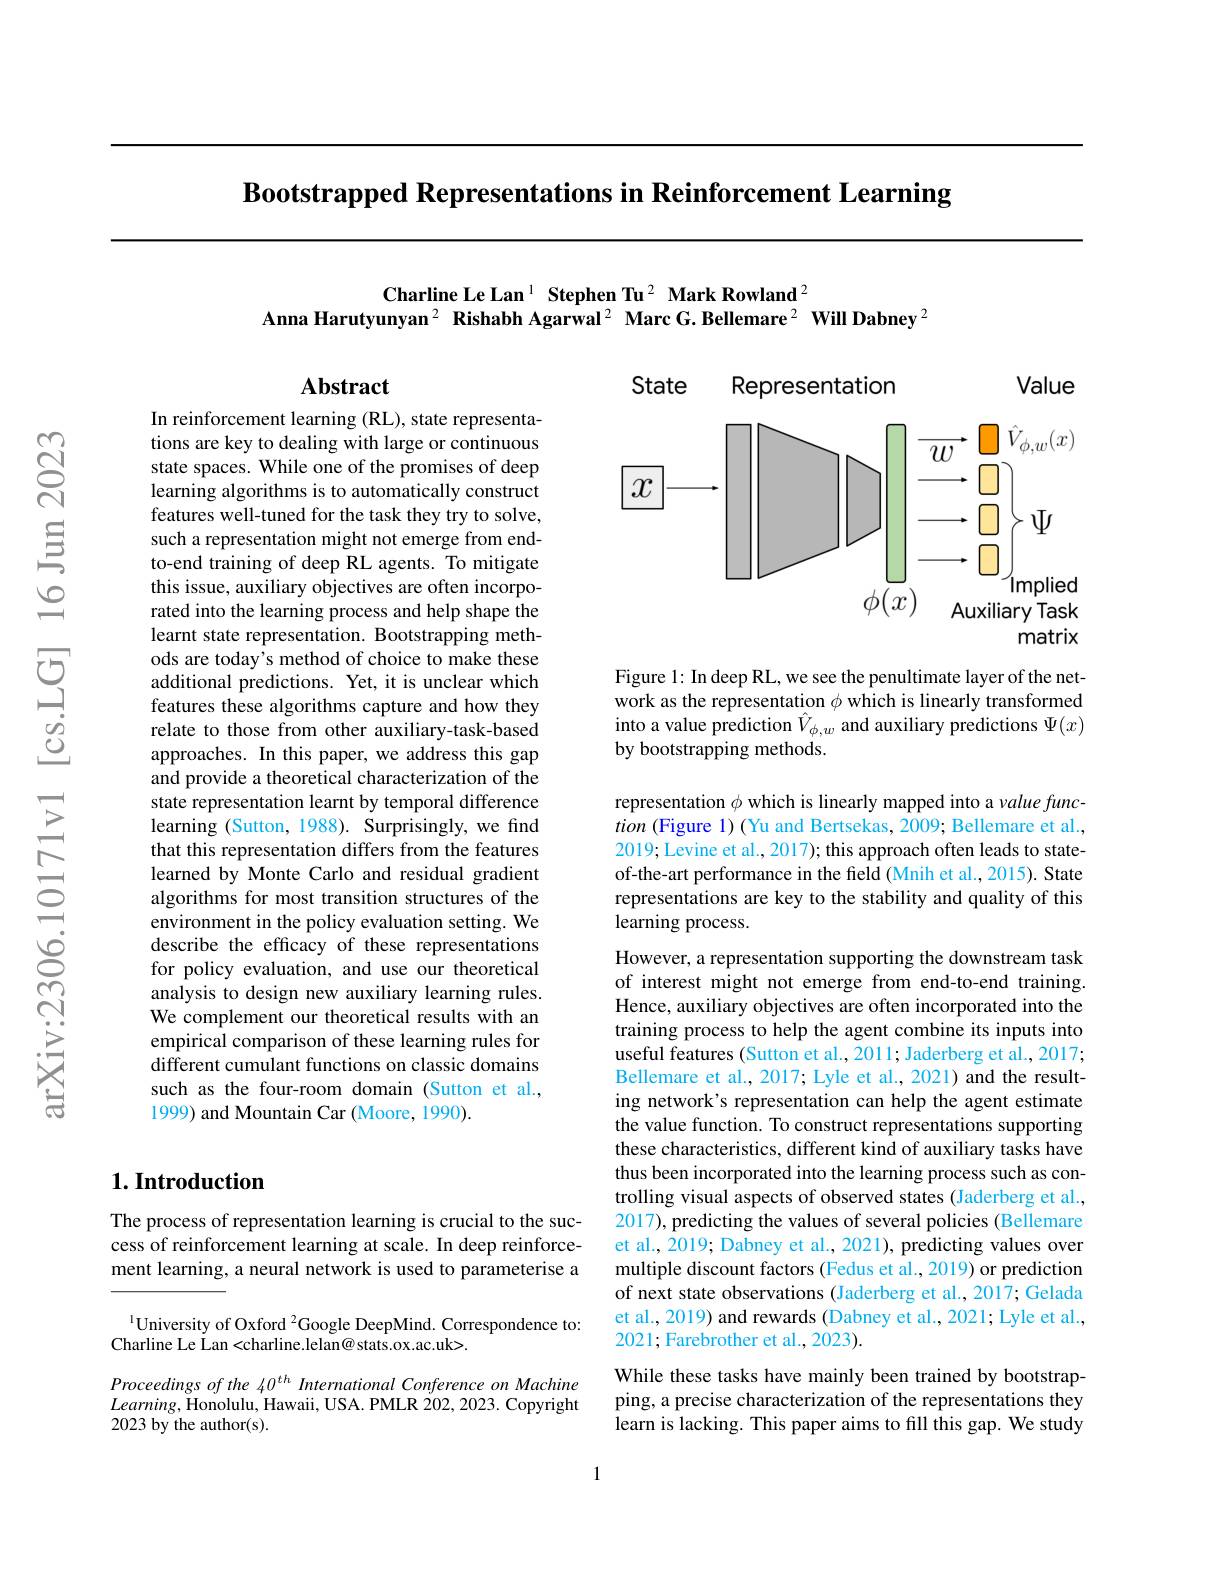
Bootstrapped Representations in Reinforcement Learning

Charline Le Lan$^{1}$ Stephen Tu$^{2}$ Mark Rowland$^{2}$
Anna Harutyunyan$^{2}$ Rishabh Agarwal$^{2}$ Marc G.Bellemare$^{2}$ Will Dabney$^{2}$

State

Abstract

Representation

In reinforcement learning (RL), state representations are key to dealing with large or continuous state spaces. While one of the promises of deep learning algorithms is to automatically construct features well-tuned for the task they try to solve, such a representation might not emerge from endto-end training of deep RL agents. To mitigate this issue, auxiliary objectives are often incorporated into the learning process and help shape the learnt state representation. Bootstrapping methods are today's method of choice to make these additional predictions. Yet, it is unclear which features these algorithms capture and how they relate to those from other auxiliary-task-based approaches. In this paper, we address this gap and provide a theoretical characterization of the state representation learnt by temporal difference learning (Sutton, 1988). Surprisingly, we find that this representation differs from the features learned by Monte Carlo and residual gradient algorithms for most transition structures of the environment in the policy evaluation setting. We describe the efficacy of these representations for policy evaluation, and use our theoretical analysis to design new auxiliary learning rules. We complement our theoretical results with an empirical comparison of these learning rules for different cumulant functions on classic domains such as the four-room domain (Sutton et al., 1999) and Mountain Car (Moore, 1990).

## 1. Introduction

The process of representation learning is crucial to the success of reinforcement learning at scale. In deep reinforcement learning, a neural network is used to parameterise a

$^{1}$University of Oxford $^2$Google DeepMind. Correspondence to:
Charline Le Lan <charline.lelan@ stats.ox.ac.uk>.

Proceedings of the 40$^{th}$ International Conference on Machine $Learning$,Honolulu, Hawaii, USA. PMLR 202,2023. Copyright 2023 by the author(s).

Value

<FigureHere>

Figure 1: In deep RL, we see the penultimate layer of the network as the representation $\phi$ which is linearly transformed $\hat{\text{into a value prediction }\hat{V}}_{\phi,w}$ and auxiliary predictions $\Psi(x)$ by bootstrapping methods.

representation $\phi$ which is linearly mapped into a value function (Figure 1) (Yu and Bertsekas, 2009; Bellemare et al., 2019; Levine et al., 2017); this approach often leads to stateof-the-art performance in the field (Mnih et al., 2015). State representations are key to the stability and quality of this learning process.

However, a representation supporting the downstream task of interest might not emerge from end-to-end training. Hence, auxiliary objectives are often incorporated into the training process to help the agent combine its inputs into useful features (Sutton et al., 2011; Jaderberg et al., 2017; Bellemare et al., 2017; Lyle et al., 2021) and the resulting network's representation can help the agent estimate the value function. To construct representations supporting these characteristics, different kind of auxiliary tasks have thus been incorporated into the learning process such as controlling visual aspects of observed states (Jaderberg et al., 2017), predicting the values of several policies (Bellemare et al., 2019; Dabney et al., 2021), predicting values over multiple discount factors (Fedus et al., 2019) or prediction of next state observations (Jaderberg et al.,2017; Gelada et al., 2019) and rewards (Dabney et al., 2021; Lyle et al., 2021; Farebrother et al., 2023).
While these tasks have mainly been trained by bootstrapping, a precise characterization of the representations they

learn is lacking. This paper aims to fill this gap. We study

1